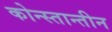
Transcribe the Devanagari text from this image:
कोन्स्तान्तीन